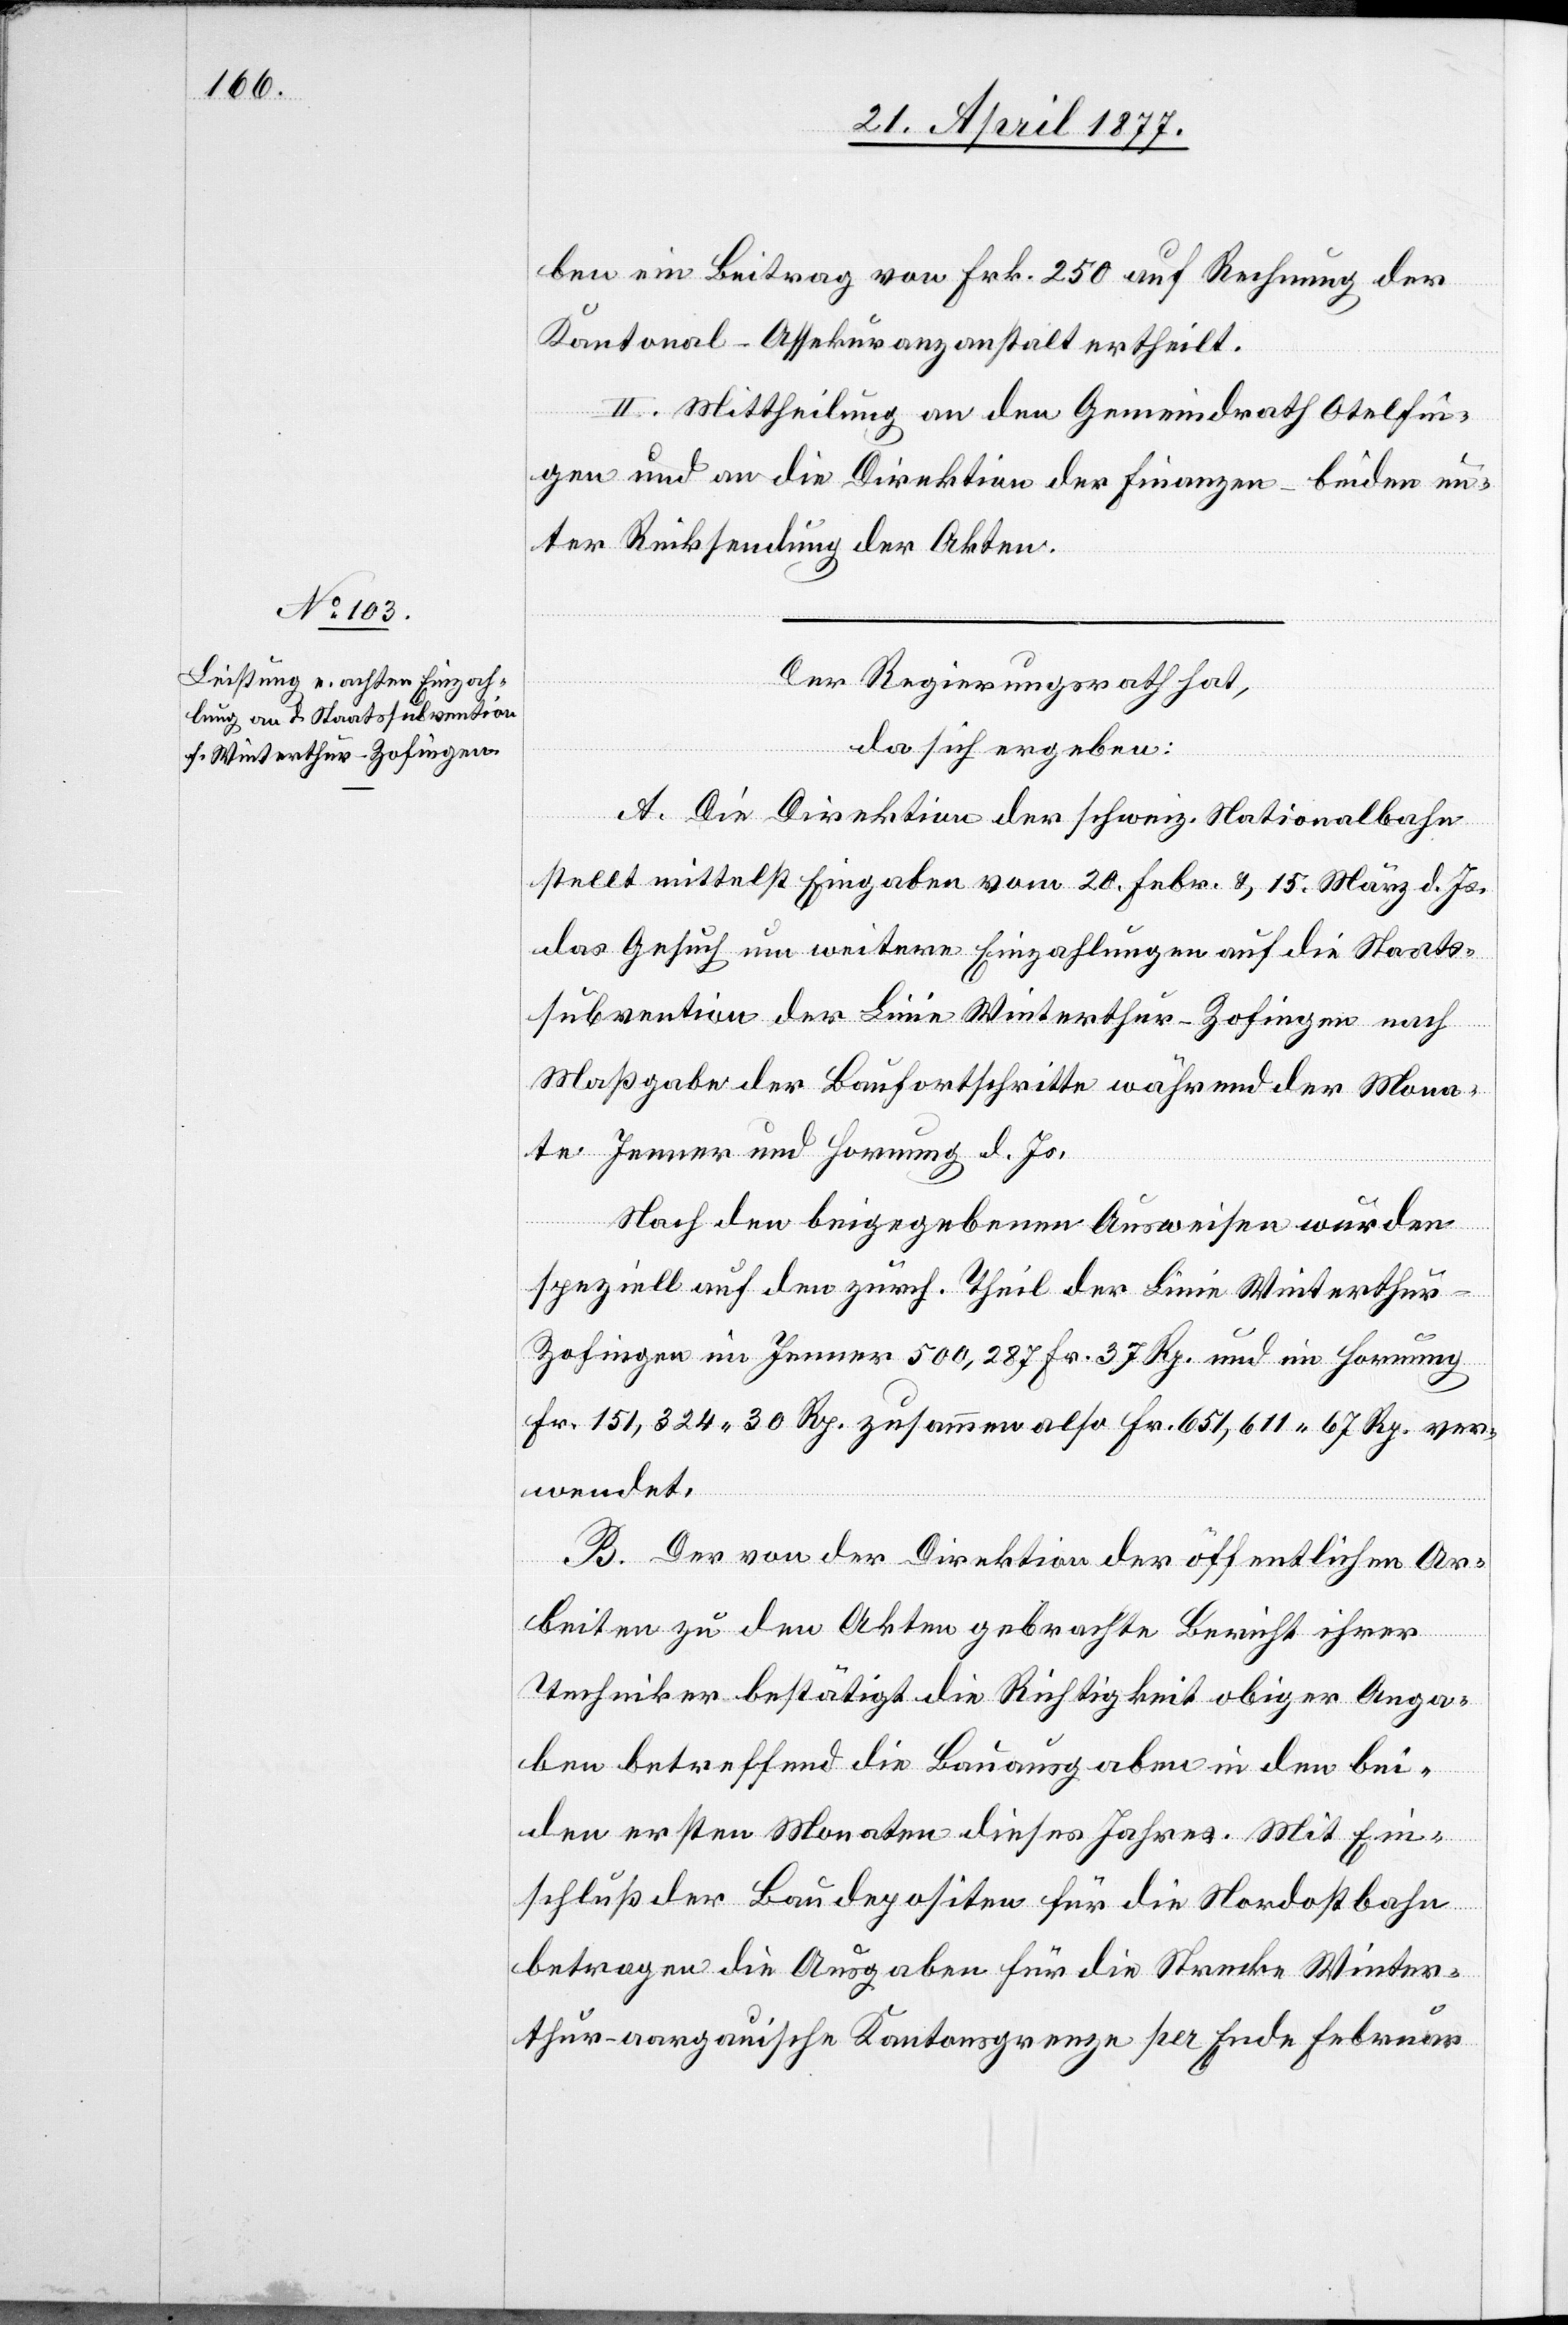
ben ein Beitrag von Frk. 250 auf Rechnung der
Kantonal-Assekuranzanstalt ertheilt.
II. Mittheilung an den Gemeindrath Otelfin¬
gen und an die Direktion der Finanzen – beiden un¬
ter Rücksendung der Akten.
Der Regierungsrath hat,
da sich ergeben:
A. Die Direktion der schweiz. Nationalbahn
stellt mittelst Eingaben vom 20. Febr. & 15. März d. Js.
das Gesuch um weitere Einzahlungen auf die Staats¬
subvention der Linie Winterthur–Zofingen nach
Maßgabe der Baufortschritte während der Mona¬
te Jenner und Hornung d. Js.
Nach den beigegebenen Ausweisen wurden
speziell auf den zürch. Theil der Linie Winterthu¬
r–Zofingen im Jenner 500,287 Fr. 37 Rp. und im Hornung
Fr. 151,324 30 Rp. zusammen also Fr. 651,611 67 Rp. ver¬
wendet.
B. Der von der Direktion der öffentlichen Ar¬
beiten zu den Akten gebrachte Bericht ihrer
Techniker bestätigt die Richtigkeit obiger Anga¬
ben betreffend die Bauausgaben in den bei¬
den ersten Monaten dieses Jahres. Mit Ein¬
schluß der Baudepositen für die Nordostbahn
betragen die Ausgaben für die Strecke Winter¬
thur–aargauische Kantonsgrenze per Ende Februar